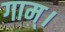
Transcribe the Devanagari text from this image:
गाम्।